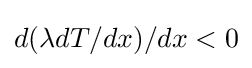
d(\lambda dT/dx)/dx<0